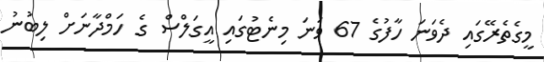
މީގެތެރޭގައި ދެވަނަ ހާފުގެ 67 ވަނަ މިނެޓުގައި އީގަލްސް ގެ ހަމްދާނަށް ލިބުނު